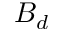
B _ { d }